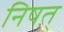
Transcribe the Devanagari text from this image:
निषत्